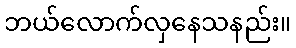
ဘယ်လောက်လှနေသနည်း။